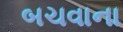
બચવાના